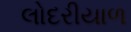
લોદરીયાળ